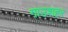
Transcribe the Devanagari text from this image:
गाउशहर